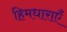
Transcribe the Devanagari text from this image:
हिमधाराएँ